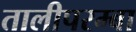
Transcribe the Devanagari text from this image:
तालीपरम्बा